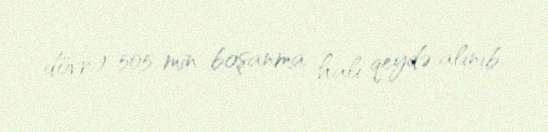
dövr) 505 min boşanma halı qeydə alınıb.